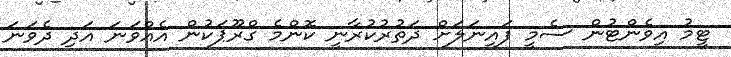
ޓީމު އިވެންޓުން ސެމީ ފައިނަލަށް ދަތުރުކުރާނީ ކޮންމެ ގްރޫޕަކުން އެއްވަނަ އަދި ދެވަނަ